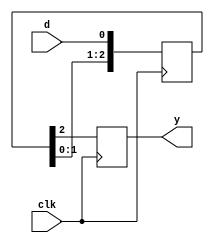
module siso(
input d,clk,
output y);
reg [3:0]m;
always@(posedge clk) begin
    m[0]<=d;
    m[1]<=m[0];
    m[2]<=m[1];
    y<=m[2];
    end
endmodule